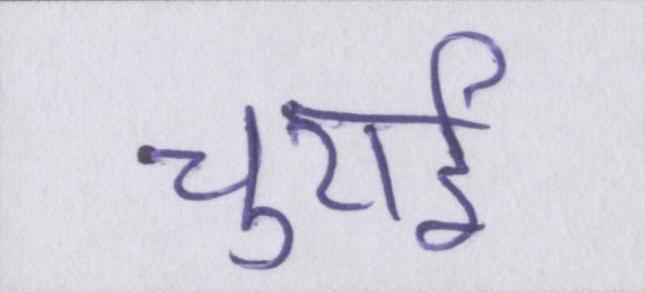
चुराई